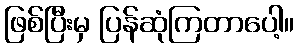
ဖြစ်ပြီးမှ ပြန်ဆုံကြတာပေါ့။